Annual administration report of the Civil Veterinary Department of India - 1894-1895
Year: 1894
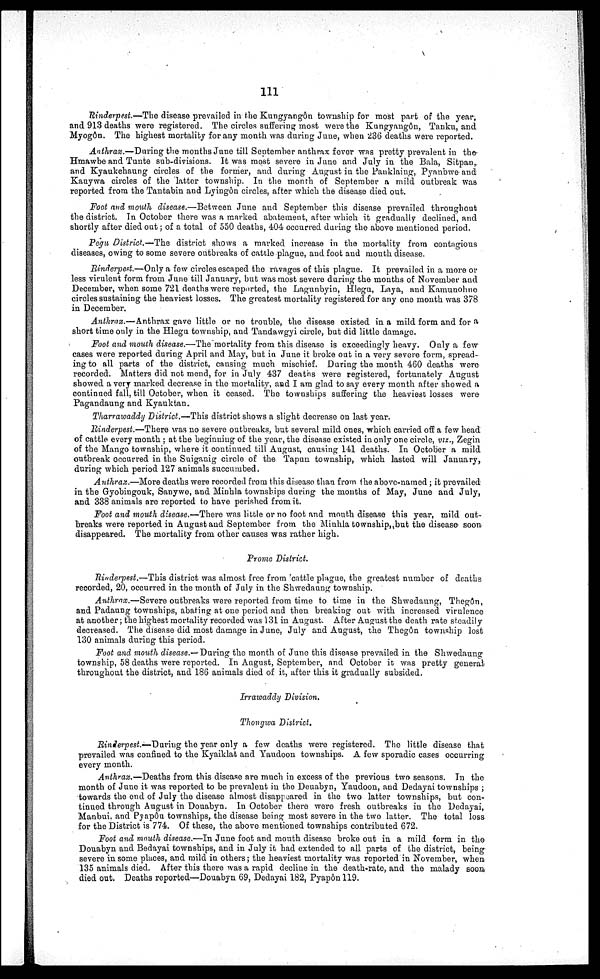
111
Rinderpest.—The disease prevailed in the Kungyangôn township for most part of the year,
and 913 deaths were registered. The circles suffering most were the Kungyangôn, Tanku, and
Myogôn. The highest mortality for any month was during June, when 236 deaths were reported.
Anthrax.—During the months June till September anthrax fever was pretty prevalent in the
Hmawbe and Tunte sub-divisions. It was most severe in June and July in the Bala, Sitpan,
and Kyaukehaung circles of the former, and during August in the Panklaing, Pyanbwe and
Kauywa circles of the latter township. In the month of September a mild outbreak was
reported from the Tantabin and Lyingôn circles, after which the disease died out.
Foot and mouth disease.—Between June and September this disease prevailed throughout
the district. In October there was a marked abatement, after which it gradually declined, and
shortly after died out; of a total of 550 deaths, 404 occurred during the above mentioned period.
Pegu District.—The district shows a marked increase in the mortality from contagious
diseases, owing to some severe outbreaks of cattle plague, and foot and mouth disease.
Rinderpest.—Only a few circles escaped the ravages of this plague. It prevailed in a more or
less virulent form from June till January, but was most severe during the months of November and
December, when some 721 deaths were reported, the Lagunbyin, Hlegu, Laya, and Kamunohne
circles sustaining the heaviest losses. The greatest mortality registered for any one month was 378
in December.
Anthrax.—Anthrax gave little or no trouble, the disease existed in a mild form and for a
short time only in the Hlegu township, and Tandawgyi circle, but did little damage.
Foot and mouth disease.—The mortality from this disease is exceedingly heavy. Only a few
cases were reported during April and May, but in June it broke out in a very severe form, spread-
ing to all parts of the district, causing much mischief. During the month 460 deaths were
recorded. Matters did not mend, for in July 437 deaths were registered, fortunately August
showed a very marked decrease in the mortality, and I am glad to say every month after showed a
continued fall, till October, when it ceased. The townships suffering the heaviest losses were
Pagandaung and Kyauktan.
Tharrawaddy District.—This district shows a slight decrease on last year.
Rinderpest.—There was no severe outbreaks, but several mild ones, which carried off a few head
of cattle every month ; at the beginning of the year, the disease existed in only one circle, viz., Zegin
of the Mango township, where it continued till August, causing 141 deaths. In October a mild
outbreak occurred in the Suiganig circle of the Tapun township, which lasted will January,
during which period 127 animals succumbed.
Anthrax.—More deaths were recorded from this disease than from the above-named ; it prevailed
in the Gyobingouk, Sanywe, and Minhla townships during the months of May, June and July,
and 338 animals are reported to have perished from it.
Foot and mouth disease.—There was little or no foot and mouth disease this year, mild out-
breaks were reported in August and September from the Minhla township, but the disease soon
disappeared. The mortality from other causes was rather high.
Prome District.
Rinderpest.—This district was almost free from cattle plague, the greatest number of deaths
recorded, 20, occurred in the month of July in the Shwedaung township.
Anthrax.—Severe outbreaks were reported from time to time in the Shwedaung, Thegon,
and Padaung townships, abating at one period and then breaking out with increased virulence
at another; the highest mortality recorded was 131 in August. After August the death rate steadily
decreased. The disease did most damage in June, July and August, the Thegôn township lost
130 animals during this period.
Foot and mouth disease.—During the month of June this disease prevailed in the Shwedaung
township, 58 deaths were reported. In August, September, and October it was pretty general
throughout the district, and 186 animals died of it, after this it gradually subsided.
Irrawaddy Division.
Thongwa, District.
Rinderpest.—During the year only a few deaths were registered. The little disease that
prevailed was confined to the Kyaiklat and Yaudoon townships. A few sporadic cases occurring
every month.
Anthrax.—Deaths from this disease are much in excess of the previous two seasons. In the
month of June it was reported to be prevalent in the Deuabyn, Yaudoon, and Dedayai townships ;
towards the end of July the disease almost disappeared in the two latter townships, but con-
tinued through August in Douabyn. In October there were fresh outbreaks in the Dedayai,
Manbui, and Pyapôu townships, the disease being most severe in the two latter. The total loss
for the District is 774. Of these, the above mentioned townships contributed 672.
Foot and mouth disease.—In June foot and mouth disease broke out in a mild form in the
Douabyn and Bedayai townships, and in July it had extended to all parts of the district, being
severe in some places, and mild in others; the heaviest mortality was reported in November, when
135 animals died. After this there was a rapid decline in the death-rate, and the malady soon
died out. Deaths reported—Douabyn 69, Dedayai 182, Pyapôn 119.